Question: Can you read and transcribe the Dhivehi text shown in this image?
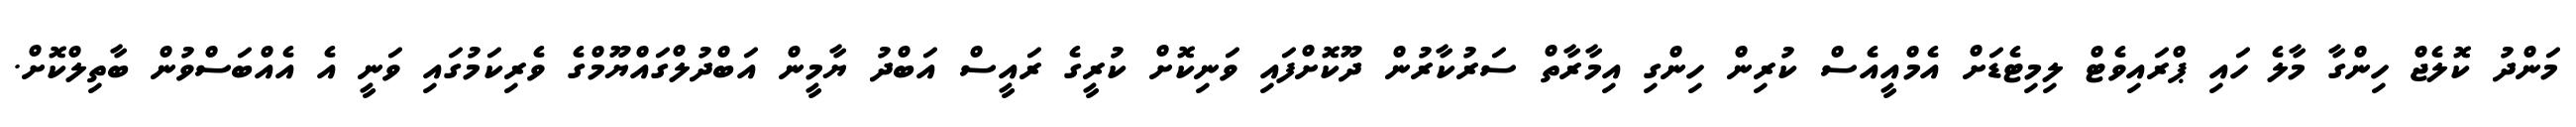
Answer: މަންދު ކޮލެޖް ހިންގާ މާލެ ހައި ޕްރައިވެޓް ލިމިޓެޑަށް އެމްއީއެސް ކުރިން ހިންގި އިމާރާތް ސަރުކާރުން ދޫކޮށްފައި ވަނިކޮށް ކުރީގެ ރައީސް އަބްދު ޔާމީން އަބްދުލްގައްޔޫމްގެ ވެރިކަމުގައި ވަނީ އެ އެއްބަސްވުން ބާތިލްކޮށް.